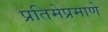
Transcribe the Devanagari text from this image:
प्रतिमेप्रमाणे